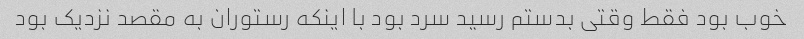
خوب بود فقط وقتی بدستم رسید سرد بود با اینکه رستوران به مقصد نزدیک بود